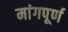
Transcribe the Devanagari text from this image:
मांगपूर्ण